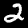
Digit: 2